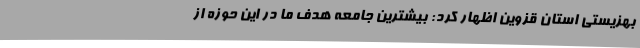
بهزیستی استان قزوین اظهار کرد: بیشترین جامعه هدف ما در این حوزه از